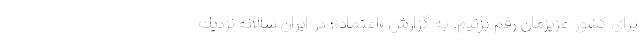
برای كشور عزیزمان رقم بزنیم. به گزارش «اعتماد»؛ در ایران سالانه نزدیك